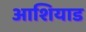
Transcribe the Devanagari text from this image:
आशियाड